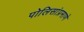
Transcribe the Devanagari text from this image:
पोलिसांप्रमाणे